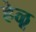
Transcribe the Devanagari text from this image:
हेळू